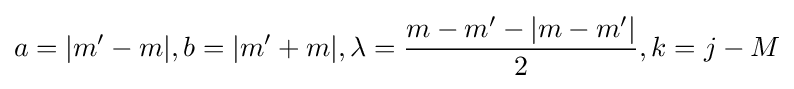
a=|m'-m|,b=|m'+m|,\lambda ={\frac {m-m'-|m-m'|}{2}},k=j-M